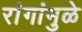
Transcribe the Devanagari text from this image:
रांगांमुळे